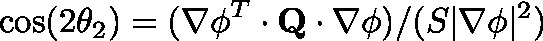
\cos ( 2 \theta _ { 2 } ) = ( \mathbf { \nabla \phi } ^ { T } \cdot \mathbf { Q } \cdot \mathbf { \nabla \phi } ) / ( S | \nabla \phi | ^ { 2 } )